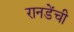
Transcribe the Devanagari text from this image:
रानडेंची